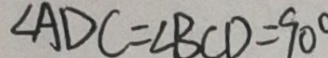
\angle A D C = \angle B C D = 9 0 ^ { \circ }